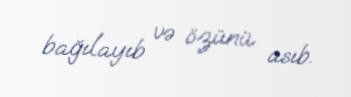
bağılayıb və özünü asıb.